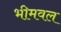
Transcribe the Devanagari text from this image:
भीमवल